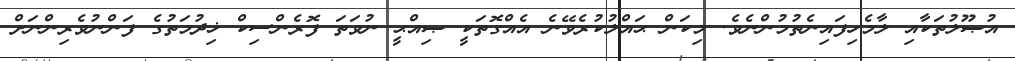
އުޞޫލުތަކާއި ލާމެހިފައިނެތުމުންނެވެ. މިކަން ޙައްލުކުރެވޭނެ އެއްގޮތަކީ ޞިއްޙީ ނުވަތަ ފޮރެންސިކް ޚިދުމަތުގެ ފަންނުވެރިންނަށް